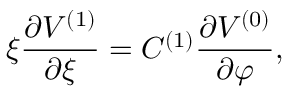
\xi \frac { \partial V ^ { ( 1 ) } } { \partial \xi } = C ^ { ( 1 ) } \frac { \partial V ^ { ( 0 ) } } { \partial \varphi } ,